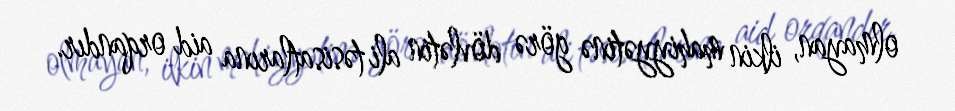
olmayan, ilkin mahiyyətinə görə dövlətin ali təsisatlarına aid orqandır.